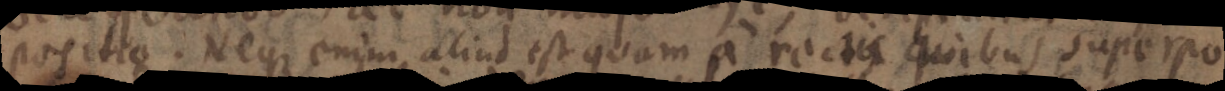
positio. Neque enim aliud est quam a recta quibus superpo